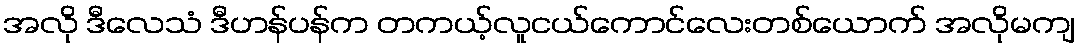
အလို ဒီလေသံ ဒီဟန်ပန်က တကယ့်လူငယ်ကောင်လေးတစ်ယောက် အလိုမကျ